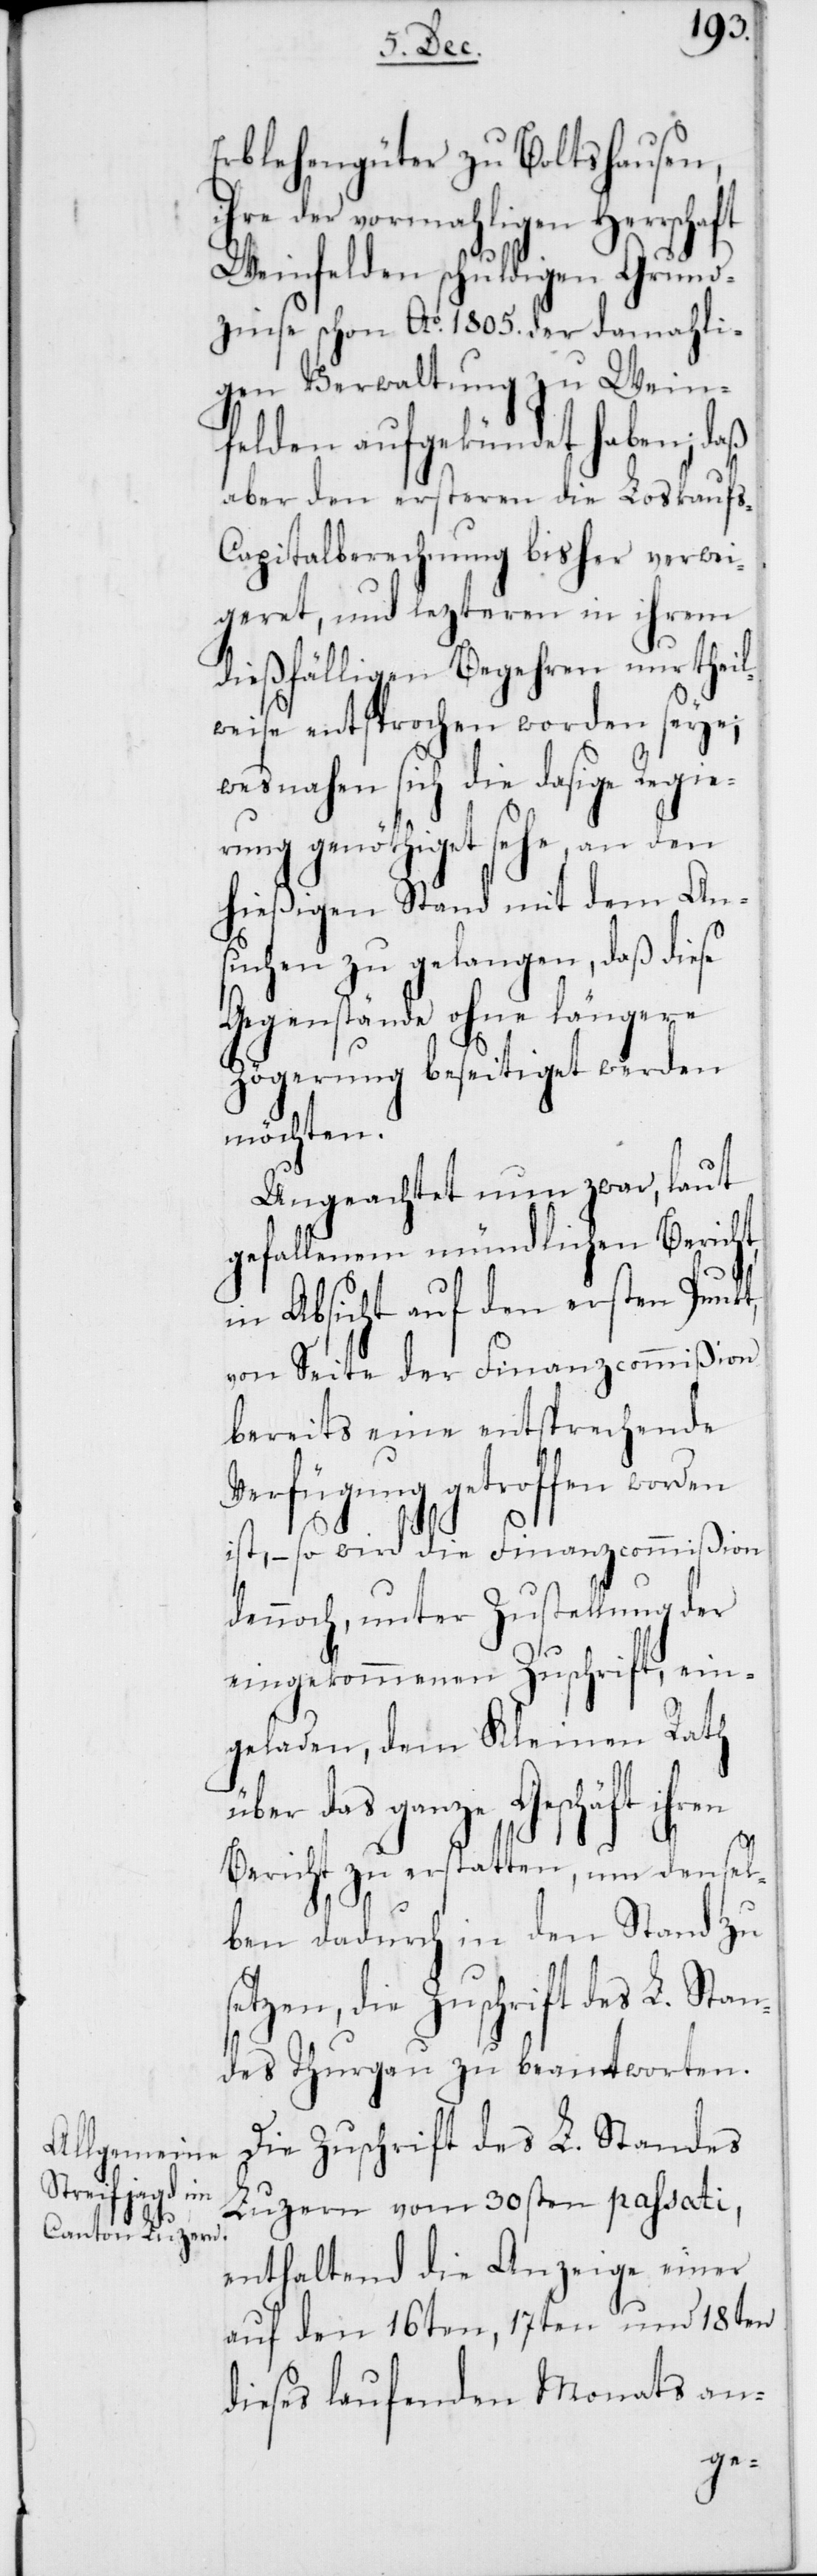
ren

Erblehengüter zu Boltshausen,
ihre der vormahligen Herrschaft
Weinfelden schuldigen Grund¬
zinse schon Ao 1805. der damahli¬
gen Verwaltung zu Wein¬
felden aufgekündet haben; daß
aber den ersteren die Loskauf¬
s-Capitalberechnung bisher verwei¬
geret, und lezteren in ihrem
dießfällligen Begehren nur theil¬
weise entsprochen worden seye;
wesnahen sich die dasige Regie¬
rung genöthiget sehe, an den
hießigen Stand mit dem An¬
suchen zu gelangen, daß diese
Gegenstände ohne längere
Zögerung beseitiget werden
möchten.
Ungeachtet nun zwar, laut
gefallenem mündlichen Bericht,
in Absicht auf den ersten Punk¬
von Seite der Finanzcommißion
bereits eine entsprechende
Verfügung getroffen worden
ist, – so wird die Finanzcommißion
dennoch, unter Zustellung der
eingekommenen Zuschrift, ein¬
geladen, dem Kleinen Rath
über das ganze Geschäft ih¬
Bericht zu erstatten, um densel¬
ben dadurch in den Stand zu
setzen, die Zuschrift des L. Stan¬
des Thurgau zu beantworten.
Die Zuschrift des L. Standes
Luzern vom 30sten passati,
enthaltend die Anzeige einer
auf den 16ten, 17ten und 18ten
dieses laufenden Monats an-